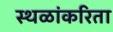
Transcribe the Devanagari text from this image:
स्थळांकरिता